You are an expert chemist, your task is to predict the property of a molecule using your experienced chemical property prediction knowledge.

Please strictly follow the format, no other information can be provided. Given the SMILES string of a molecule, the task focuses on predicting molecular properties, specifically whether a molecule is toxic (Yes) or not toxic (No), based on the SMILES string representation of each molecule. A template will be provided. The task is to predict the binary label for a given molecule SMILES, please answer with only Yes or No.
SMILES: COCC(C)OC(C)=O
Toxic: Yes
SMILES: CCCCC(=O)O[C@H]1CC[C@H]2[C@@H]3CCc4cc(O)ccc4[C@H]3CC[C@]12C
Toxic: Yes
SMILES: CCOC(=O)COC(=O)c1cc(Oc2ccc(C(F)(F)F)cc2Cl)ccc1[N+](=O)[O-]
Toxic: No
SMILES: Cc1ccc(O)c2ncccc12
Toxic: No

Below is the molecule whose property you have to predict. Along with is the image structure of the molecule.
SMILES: O=C(c1ccccc1)c1cc(Cl)ccc1O
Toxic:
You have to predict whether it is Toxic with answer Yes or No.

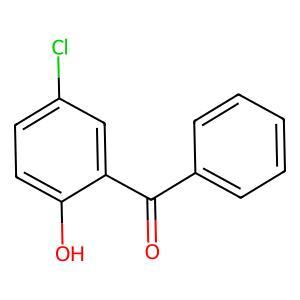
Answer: No